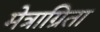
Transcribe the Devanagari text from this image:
मेत्राग्रिता